Report of the Indian Hemp Drugs Commission, 1894-1895 - Volume V
Year: 1894
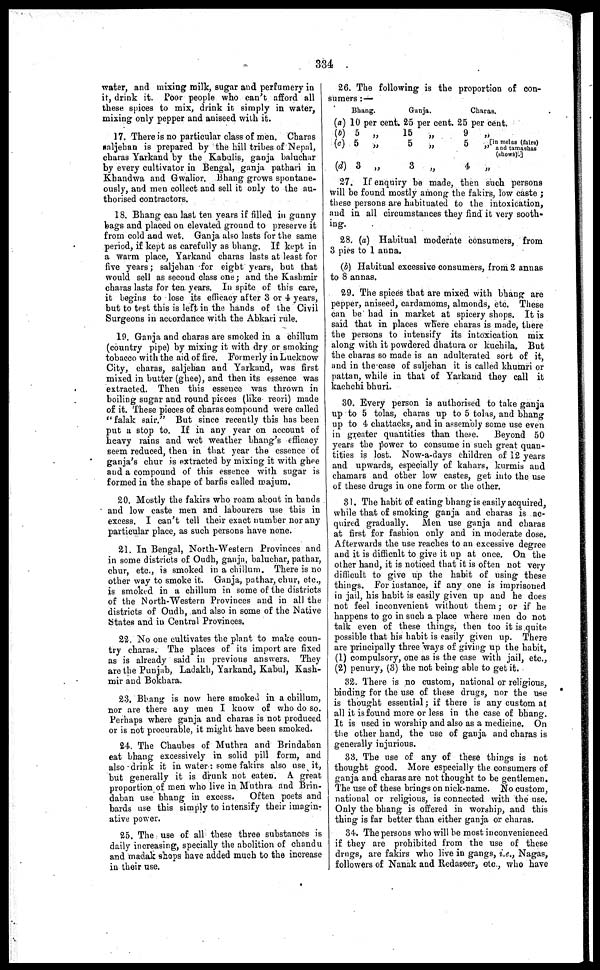
334
water, and mixing milk, sugar and perfumery in
it, drink it. Poor people who can't afford all
these spices to mix, drink it simply in water,
mixing only pepper and aniseed with it.
17. There is no particular class of men. Charas
saljehan is prepared by the hill tribes of Nepal,
charas Yarkand by the Kabulis, ganja baluchar
by every cultivator in Bengal, ganja pathari in
Khandwa and Gwalior. Bhang grows spontane-
ously, and men collect and sell it only to the au-
thorised contractors.
18. Bhang can last ten years if filled in gunny
bags and placed on elevated ground to preserve it
from cold and wet. Ganja also lasts for the same
period, if kept as carefully as bhang. If kept in
a warm place, Yarkand charas lasts at least for
five years ; saljehan for eight years, but that
would sell as second class one; and the Kashmir
charas lasts for ten years. In spite of this care,
it begins to lose its efficacy after 3 or 4 years,
but to test this is left in the hands of the Civil
Surgeons in accordance with the Abkari rule.
19. Ganja and charas are smoked in a chillum
(country pipe) by mixing it with dry or smoking
tobacco with the aid of fire. Formerly in Lucknow
City, charas, saljehan and Yarkand, was first
mixed in butter (ghee), and then its essence was
extracted. Then this essence was thrown in
boiling sugar and round pieces (like reori) made
of it. These pieces of charas compound were called
"falak sair." But since recently this has been
put a stop to. If in any year on account of
heavy rains and wet weather bhang's efficacy
seem reduced, then in that year the essence of
ganja's chur is extracted by mixing it with ghee
and a compound of this essence with sugar is
formed in the shape of barfis called majum.
20. Mostly the fakirs who roam about in bands
and low caste men and labourers use this in
excess. I can't tell their exact number nor any
particular place, as such persons have none.
21. In Bengal, North-Western Provinces and
in some districts of Oudh, ganja, baluchar, pathar,
chur, etc., is smoked in a chillum. There is no
other way to smoke it. Ganja, pathar, chur, etc.,
is smoked in a chillum in some of the districts
of the North-Western Provinces and in all the
districts of Oudh, and also in some of the Native
States and in Central Provinces.
22. No one cultivates the plant to make coun-
try charas. The places of its import are fixed
as is already said in previous answers. They
are the Punjab, Ladakh, Yarkand, Kabul, Kash-
mir and Bokhara.
23. Bhang is now here smoked in a chillum,
nor are there any men I know of who do so.
Perhaps where ganja and charas is not produced
or is not procurable, it might have been smoked.
24. The Chaubes of Muthra and Brindaban
eat bhang excessively in solid pill form, and
also drink it in water : some fakirs also use it,
but generally it is drunk not eaten. A. great
proportion of men who live in Muthra and Brin-
daban use bhang in excess.
Often poets and
bards use this simply to intensify their imagin-
ative power.
25. The use of all these three substances is
daily increasing, specially the abolition of chandu
and madak shops have added much to the increase
in their use.
26. The following is the proportion of con-
sumers :—
Bhang.
Ganja.
Charas.
(a) 10 per cent. 25 per cent. 25 per cent.
(b) 5 „
(c) 5
„
(d) 3 „
15
„
9
5
„
5
3
„
4
„
[in melas (faire)
„ and tamashas
(shows).]
„
27. If enquiry be made, then such persons
will be found mostly among the fakirs, low caste ;
these persons are habituated to the intoxication,
and in all circumstances they find it very sooth-
ing.
28. (a) Habitual moderate consumers, from
3 pies to 1 anna.
(b) Habitual excessive consumers, from 2 annas
to 8 annas.
29. The spices that are mixed with bhang are
pepper, aniseed, cardamoms, almonds, etc. These
can be had in market at spicery shops. It is
said that in places where charas is made, there
the persons to intensify its intoxication mix
along with it powdered dhatura or kuchila. But
the charas so made is an adulterated sort of it
and in the case of saljehan it is called khumri or
pattan, while in that of Yarkand they call it
kachchi bhuri.
30. Every person is authorised to take ganja
up to 5 tolas, charas up to 5 tolas, and bhang
up to 4 chattacks, and in assembly some use even
in greater quantities than these.
Beyond 50
years the power to consume in such great quan-
tities is lost. Now-a-days children of 12 years
and upwards, especially of kahars, kurmis and
chamars and other low castes, get into the use
of these drugs in one form or the other.
31. The habit of eating bhang is easily acquired,
while that of smoking ganja and charas is ac-
quired gradually. Men use ganja and charas
at first for fashion only and in moderate dose.
Afterwards the use reaches to an excessive degree
and it is difficult to give it up at once. On the
other hand, it is noticed that it is often not very
difficult to give up the habit of using these
things. For instance, if any one is imprisoned
in jail, his habit is easily given up and he does
not feel inconvenient without them ; or if he
happens to go in such a place where men do not
talk even of these things, then too it is quite
possible that his habit is easily given up. There
are principally three ways of giving up the habit,
(1) compulsory, one as is the ease with jail, etc.,
(2) penury, (3) the not being able to get it.
32. There is no custom, national or religious,
binding for the use of these drugs, nor the use
is thought essential ; if there is any custom at
all it is found more or less in the case of bhang.
It is used in worship and also as a medicine. On
the other hand, the use of ganja and charas is
generally injurious.
33. The use of any of these things is not
thought good. More especially the consumers of
ganja and charas are not thought to be gentlemen.
The use of these brings on nick-name. No custom,
national or religious, is connected with the use.
Only the bhang is offered in worship, and this
thing is far better than either ganja or charas.
34. The persons who will be most inconvenienced
if they are prohibited from the use of these
drugs, are fakirs who live in gangs, i.e., Nagas,
followers of Nanak and Redaseer, etc., who have